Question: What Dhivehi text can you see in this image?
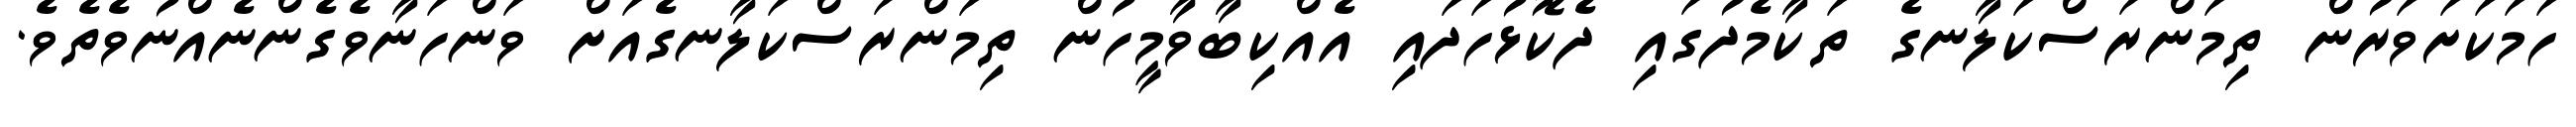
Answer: ހަމަކަށަވަރުން ތިމަންރަސްކަލާނގެ ތަކާމެދުގައި ދެކޮޅުހަދައި އެއްކިބާވާމީހުން ތިމަންރަސްކަލާނގެއަށް ވަންހަނާވެގެންނެއްނުވެތެވެ.